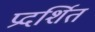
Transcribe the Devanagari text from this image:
प्रदर्शित